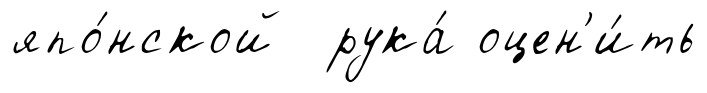
япо́нской рука́ оцен'и́ть